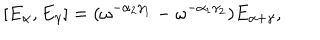
LaTeX: [ E _ { \alpha } , E _ { \gamma } ] = ( \omega ^ { - \alpha _ { 2 } \gamma _ { 1 } } - \omega ^ { - \alpha _ { 1 } \gamma _ { 2 } } ) E _ { \alpha + \gamma } ,